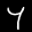
Label: 4